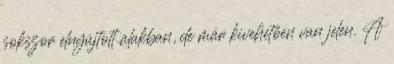
sokszor elnyújtott alakban, de már kivehetően van jelen. A